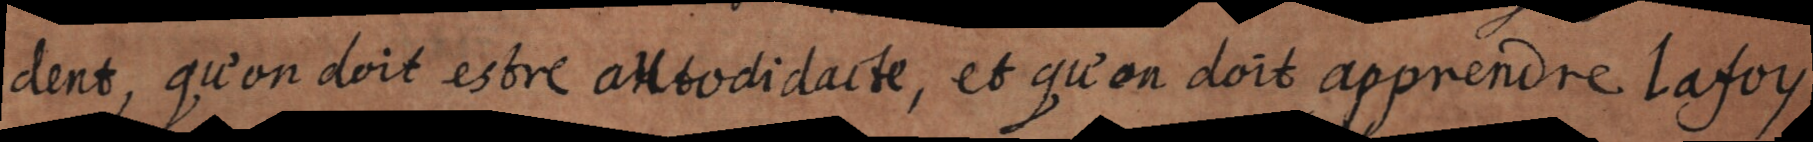
dent, qu’on doit estre autodidacte, et qu’on doit apprendre la foy